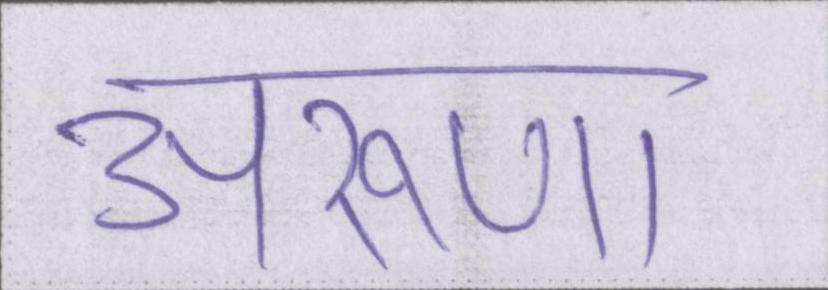
अरूणा